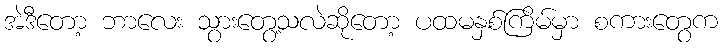
အဲဒီတော့ ဘာလေး သွားတွေ့သလဲဆိုတော့ ပထမနှစ်ကြိမ်မှာ စကားတွေက